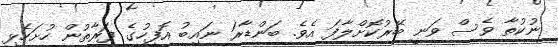
ނުކުތާ ވެސް ވަނީ ބޭރުކޮށްލާފަ އެވެ. ބަންޑާރަ ނައިބު އޮފީހުގެ ފަރާތުން ހުށަހެޅި